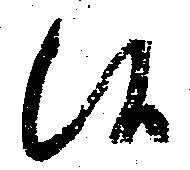
候